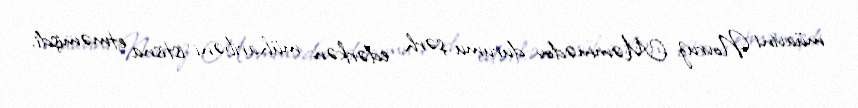
müavini Novruz Məmmədov durumu şərh edərkən müharibəni istisna etməmişdi.